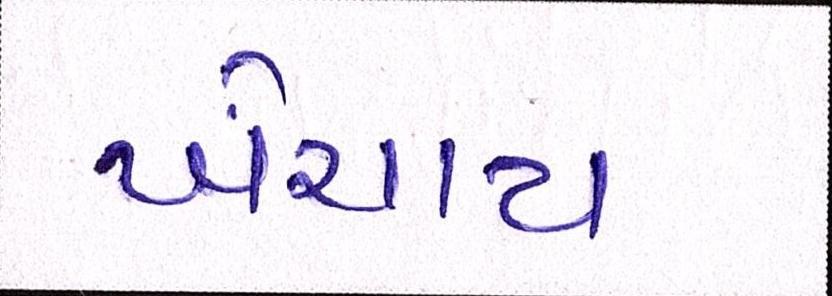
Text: ખેંચાય